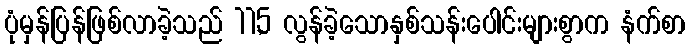
ပုံမှန်ပြန်ဖြစ်လာခဲ့သည် 11,5 လွန်ခဲ့သောနှစ်သန်းပေါင်းများစွာက နံက်စာ